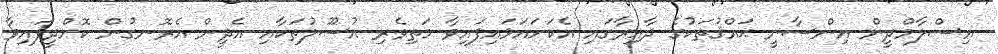
އިސްލާމްދީން އިންސާނީ ޙައްޤުތަކުގެ ދާއިރާގައި އެކަށައަޅައިފައިވާ މަތިވެރި އުސޫލުތަކާއި އެދީން އެރޮނގުން ކޮށްދީފައިވާ